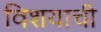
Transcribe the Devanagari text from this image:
विशयाची